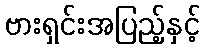
ဗားရှင်းအပြည့်နှင့်